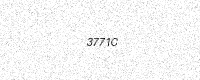
Text: 3771C